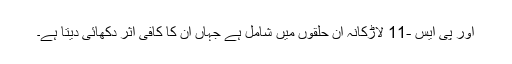
اور پی ایس -11 لاڑکانہ ان حلقوں میں شامل ہے جہاں ان کا کافی اثر دکھائی دیتا ہے۔